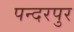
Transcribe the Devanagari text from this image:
पन्दरपुर